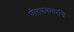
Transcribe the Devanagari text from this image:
धोरणकर्त्यांचे